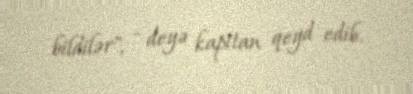
bildilər", - deyə kapitan qeyd edib.